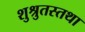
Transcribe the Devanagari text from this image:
शुश्रुतस्तथा